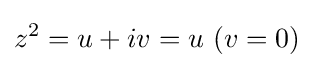
z^{2}=u+iv=u\ (v=0)